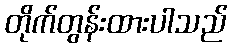
တိုက်တွန်းထားပါသည်